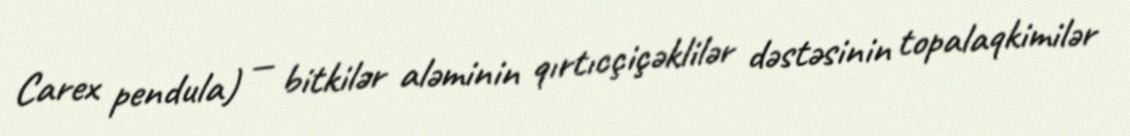
Carex pendula) — bitkilər aləminin qırtıcçiçəklilər dəstəsinin topalaqkimilər